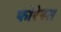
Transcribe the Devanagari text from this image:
फोरेस्त